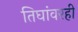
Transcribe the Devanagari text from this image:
तिघांवरही